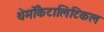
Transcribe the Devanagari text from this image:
थेर्मोकैटालिटिकल